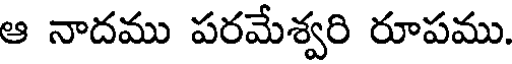
ఆ నాదము పరమేశ్వరి రూపము.